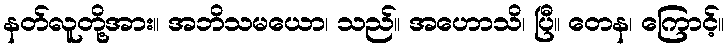
နတ်လူတို့အား။ အဘိသမယော၊ သည်။ အဟောသိ၊ ပြီ။ တေန၊ ကြောင့်။